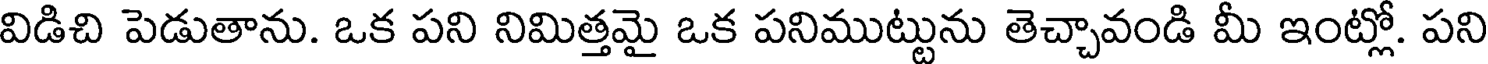
విడిచి పెడుతాను. ఒక పని నిమిత్తమై ఒక పనిముట్టును తెచ్చావండి మీ ఇంట్లో. పని